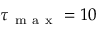
\tau _ { \mathrm { ~ m ~ a ~ x ~ } } = 1 0